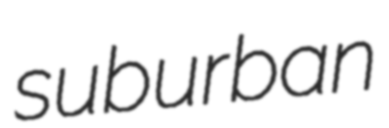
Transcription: suburban